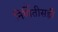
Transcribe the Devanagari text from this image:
निर्मितीसही